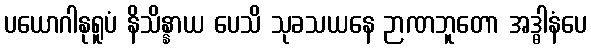
ပယောဂါနုရူပံ နိသိန္နာယ ပေသိ သုခသယနေ ဉာဏဘူတော အဒ္ဓါနံပေ